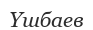
Үшбаев